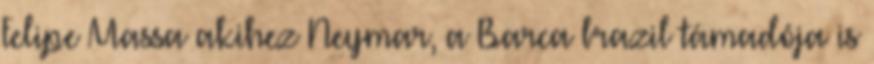
Felipe Massa akihez Neymar, a Barca brazil támadója is